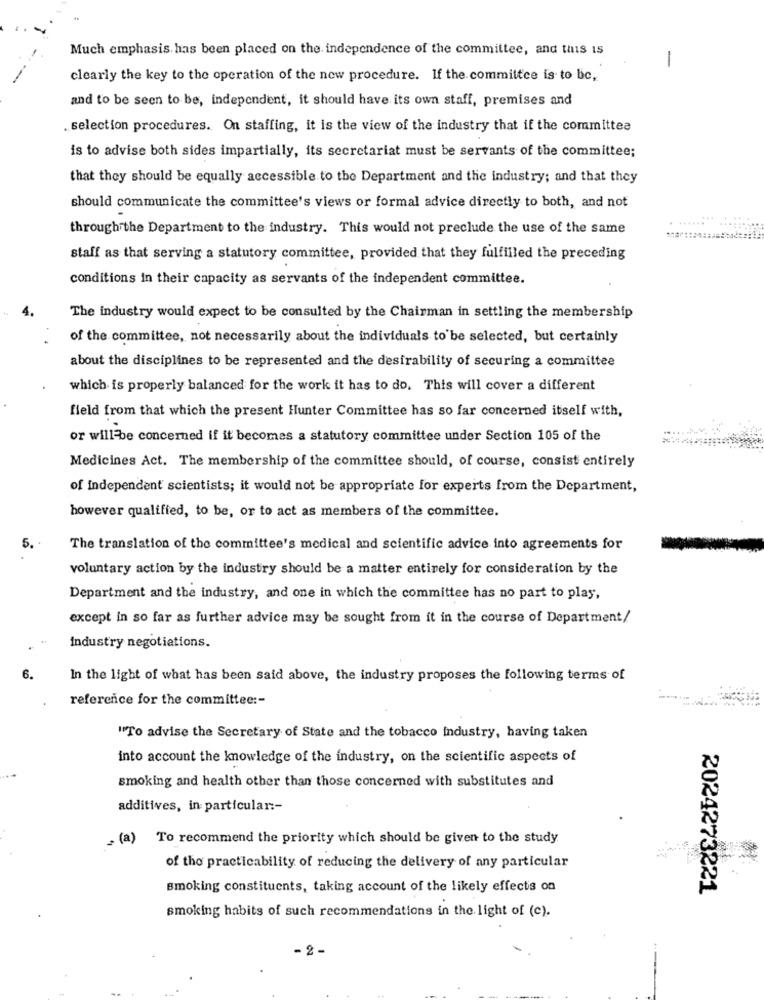
Much emphasis has been placed on the independence of the committee, and this is
-
clearly the key to the operation of the new procedure. If the committee is to bc,
and to be seen to be, independent, it should have its own staff, premises and
selection procedures. On staffing, it is the view of the industry that if the committee
is to advise both sides impartially, its secretariat must be servants of the committee;
that they should be equally accessible to the Department and the industry; and that they
should communicate the committee's views or formal advice directly to both, and not
through the Department to the industry. This would not preclude the use of the same
staff as that serving a statutory committee, provided that they fulfilled the preceding
conditions in their capacity as servants of the independent committee.
The industry would expect to be consulted by the Chairman in settling the membership
of the committee, not necessarily about the individuals to be selected, but certainly
about the disciplines to be represented and the desirability of securing a committee
which is properly balanced for the work it has to do. This will cover a different
field from that which the present Hunter Committee has so far concerned itself with,
or will be concerned if it becomes a statutory committee under Section 105 of the
Medicines Act. The membership of the committee should, of course, consist entirely
of independent scientists; it would not be appropriate for experts from the Department,
however qualified, to be, or to act as members of the committee.
5.
The translation of the committee's medical and scientific advice into agreements for
voluntary action by the industry should be a matter entirely for consideration by the
Department and the industry, and one in which the committee has no part to play,
except in so far as further advice may be sought from it in the course of Department/
Industry negotiations.
6.
In the light of what has been said above, the industry proposes the following terms of
reference for the committee :-
"To advise the Secretary of State and the tobacco industry, having taken
into account the knowledge of the industry, on the scientific aspects of
smoking and health other than those concerned with substitutes and
additives, in particular :-
(a) To recommend the priority which should be given to the study
of tho practicability of reducing the delivery of any particular
smoking constituents, taking account of the likely effects on
2024273221
smoking habits of such recommendations in the light of (c).